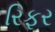
રિફર